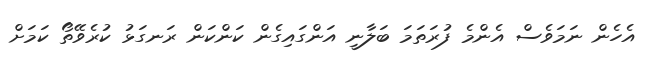
އެހެން ނަމަވެސް އެންމެ ފުރަތަމަ ބަލާނީ އަންގައިގެން ކަންކަން ރަނގަޅު ކުރެވޭތޯ ކަމަށް